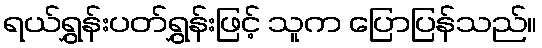
ရယ်ရွှန်းပတ်ရွှန်းဖြင့် သူက ပြောပြန်သည်။